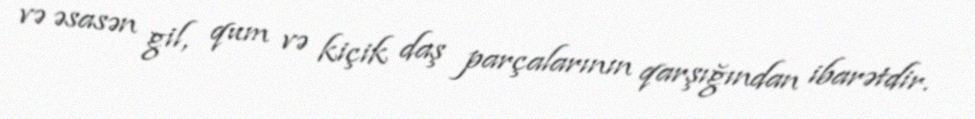
və əsasən gil, qum və kiçik daş parçalarının qarşığından ibarətdir.